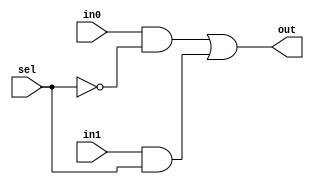
module mux2to1a (out, in1, in0, sel);
	output out;
	input in1, in0; 
	input sel;
	wire and1Out, and0Out;
	parameter delay = 50;
	
	not #delay not0(nSel, sel);
	and #delay a0(and0Out, in0, nSel);
	and #delay a1(and1Out, in1, sel);
	
	or #delay or0(out, and0Out, and1Out);

endmodule